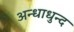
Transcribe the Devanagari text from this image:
अन्धाधुन्द